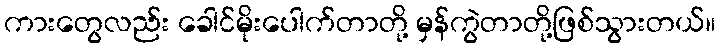
ကားတွေလည်း ခေါင်မိုးပေါက်တာတို့ မှန်ကွဲတာတို့ဖြစ်သွားတယ်။